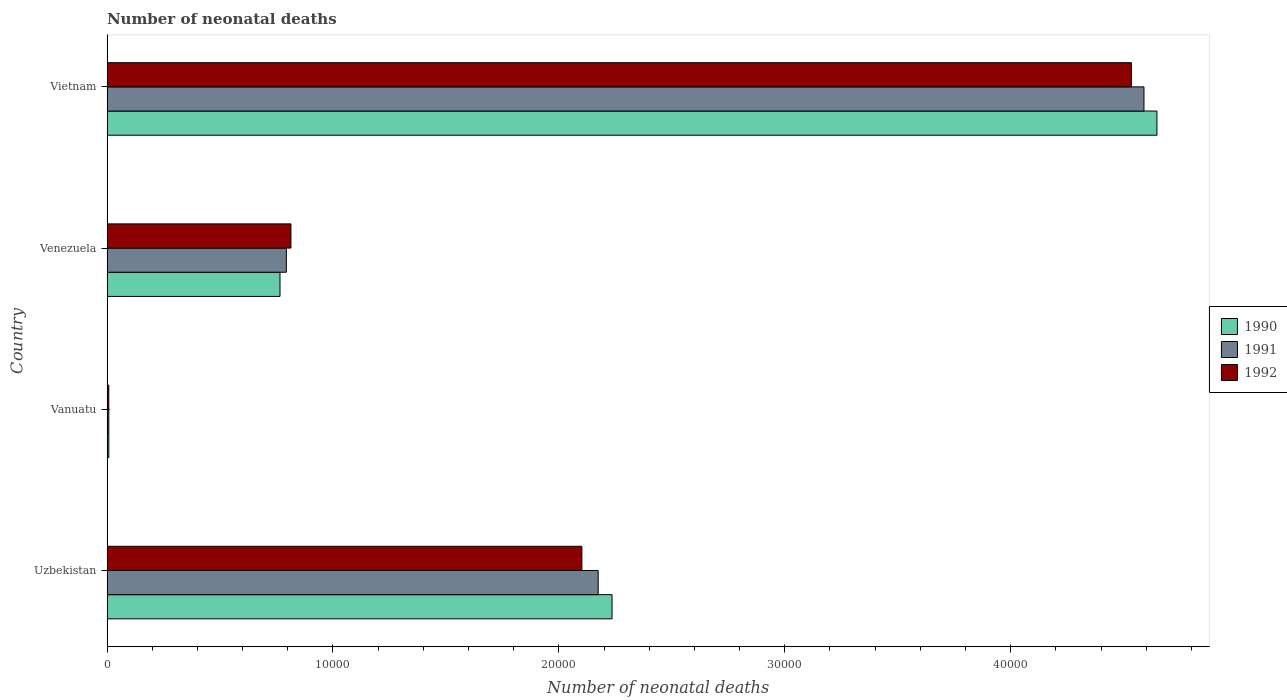
| Country | 1990 | 1991 | 1992 |
 | --- | --- | --- | --- |
 | Uzbekistan | 2.24e+04 | 2.17e+04 | 2.1e+04 |
 | Vanuatu | 81 | 80 | 79 |
 | Venezuela | 7.66e+03 | 7.94e+03 | 8.14e+03 |
 | Vietnam | 4.65e+04 | 4.59e+04 | 4.53e+04 |